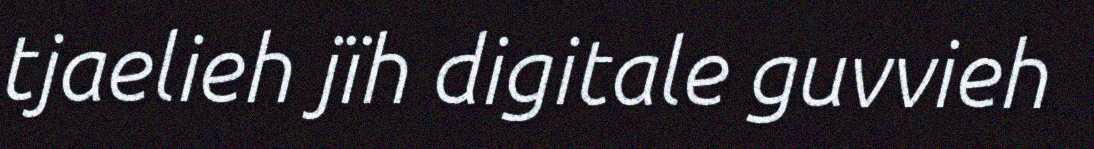
tjaelieh jïh digitale guvvieh